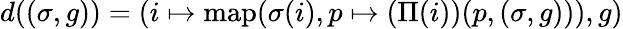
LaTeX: d((\sigma,g))=(i\mapsto\textup{map}(\sigma(i),p\mapsto(\Pi(i))(p,(\sigma,g))),g)